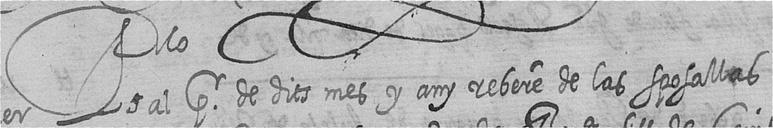
Pro al pr de dits mes y any rebere de las sposallas